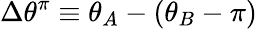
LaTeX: \Delta\theta^{\pi}\equiv\theta_{A}-(\theta_{B}-\pi)